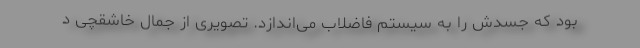
بود که جسدش را به سیستم فاضلاب می‌اندازد. تصویری از جمال خاشقچی د